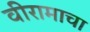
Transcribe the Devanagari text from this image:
वीरामाचा